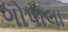
ગોપાલા